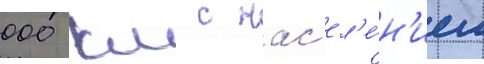
000 км с нас'ел'е́н'ием